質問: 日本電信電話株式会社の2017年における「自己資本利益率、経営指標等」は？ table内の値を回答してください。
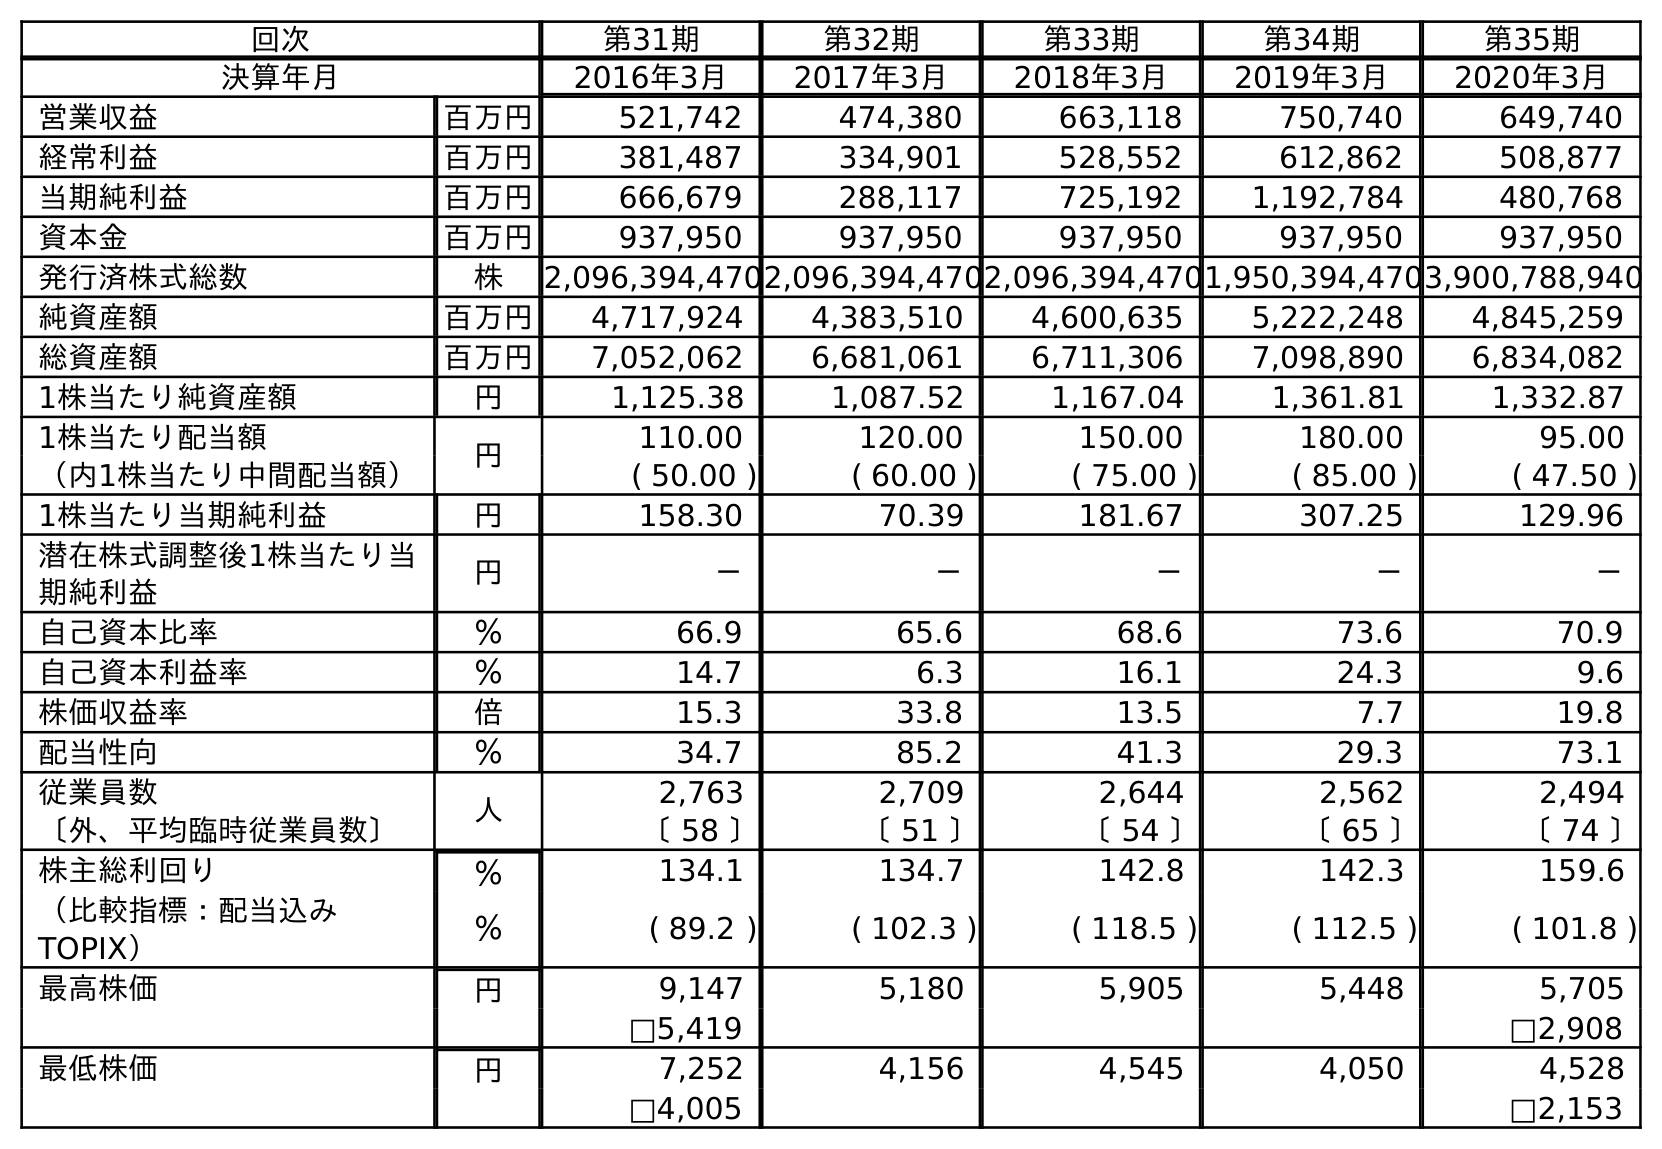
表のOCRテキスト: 回次 第31期 第32期 第33期 第34期 第35期 決算年月 2016年3月 2017年3月 2018年3月 2019年3月 2020年3月 営業収益 百万円 521,742 474,380 663,118 750,740 649,740 経常利益 百万円 381,487 334,901 528,552 612,862 508,877 当期純利益 百万円 666,679 288,117 725,192 1,192,784 480,768 資本金 百万円 937,950 937,950 937,950 937,950 937,950 発行済株式総数 株 2,096,394,4702,096,394,4702,096,394,4701,950,394,4703,900,788,940 純資産額 百万円 4,717,924 4,383,510 4,600,635 5,222,248 4,845,259 総資産額 百万円 7,052,062 6,681,061 6,711,306 7,098,890 6,834,082 1株当たり純資産額 円 1,125.38 1,087.52 1,167.04 1,361.81 1,332.87 1株当たり配当額 円 110.00 120.00 150.00 180.00 95.00 （内1株当たり中間配当額） ( 50.00 ) ( 60.00 ) ( 75.00 ) ( 85.00 ) ( 47.50 ) 1株当たり当期純利益 円 158.30 70.39 181.67 307.25 129.96 潜在株式調整後1株当たり当 期純利益 円 － － － － － 自己資本比率 ％ 66.9 65.6 68.6 73.6 70.9 自己資本利益率 ％ 14.7 6.3 16.1 24.3 9.6 株価収益率 倍 15.3 33.8 13.5 7.7 19.8 配当性向 ％ 34.7 85.2 41.3 29.3 73.1 従業員数 人 2,763 2,709 2,644 2,562 2,494 〔外、平均臨時従業員数〕 〔 58 〕 〔 51 〕 〔 54 〕 〔 65 〕 〔 74 〕 株主総利回り ％ 134.1 134.7 142.8 142.3 159.6 （比較指標：配当込み TOPIX） ％ ( 89.2 ) ( 102.3 ) ( 118.5 ) ( 112.5 ) ( 101.8 ) 最高株価 円 9,147 5,180 5,905 5,448 5,705 □5,419 □2,908 最低株価 円 7,252 4,156 4,545 4,050 4,528 □4,005 □2,153
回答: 6.3